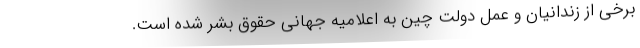
برخی از زندانیان و عمل دولت چین به اعلامیه جهانی حقوق بشر شده است.